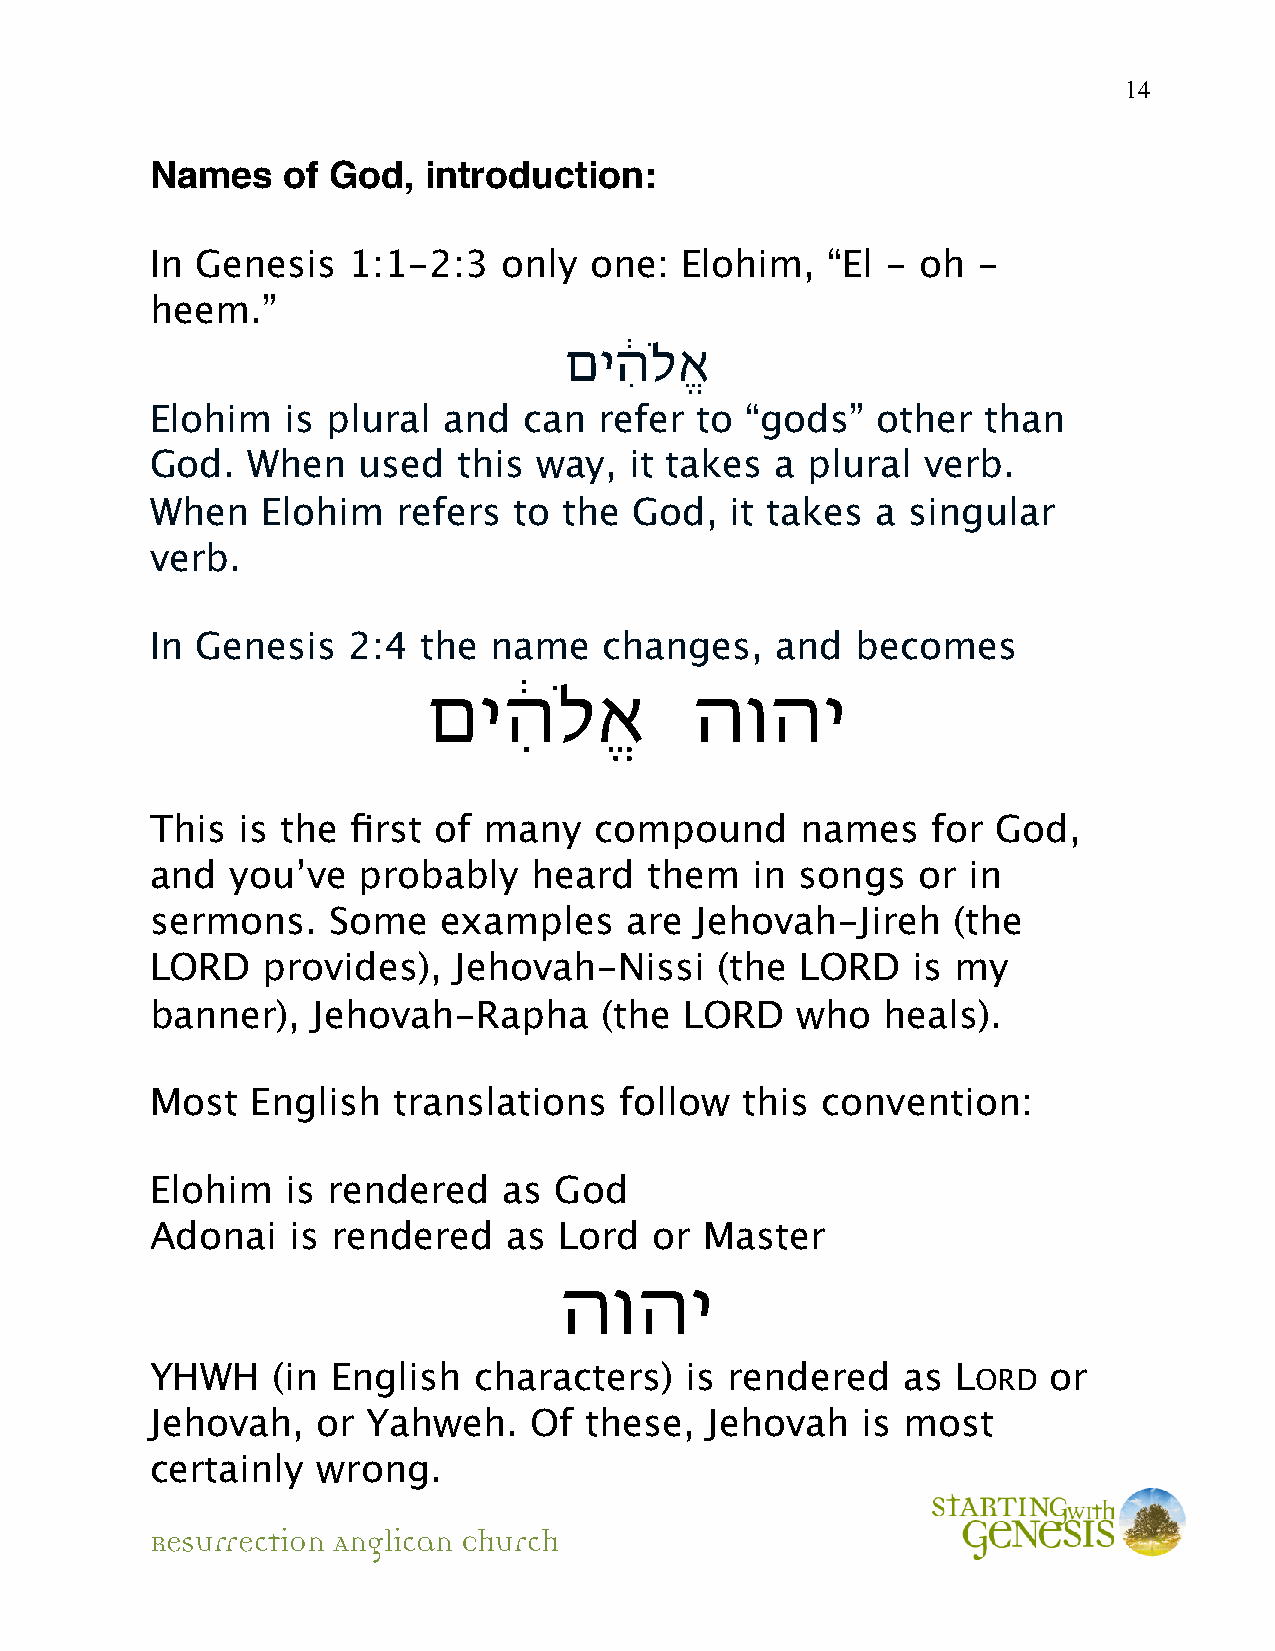
14
 Names    of God,  introduction:
 In Genesis   1:1-2:3   only  one:  Elohim,   “El - oh  -
 heem.”
 םיִ֔הלֱֹא
 Elohim   is plural and   can  refer to “gods”   other  than
 God.  When    used  this  way,  it takes a plural  verb.
 When   Elohim   refers  to the  God,  it takes  a singular
 verb.
 In Genesis   2:4  the name    changes,   and   becomes
 םיִ֔הלֱֹא         הוהי
 This  is the first of many   compound      names    for God,
 and  you’ve   probably   heard   them   in songs   or in
 sermons.    Some   examples    are  Jehovah-Jireh    (the
 LORD   provides),   Jehovah-Nissi     (the LORD   is my
 banner),   Jehovah-Rapha      (the LORD    who  heals).
 Most   English  translations   follow  this convention:
 Elohim   is rendered   as  God
 Adonai   is rendered    as Lord  or  Master
 הוהי
 YHWH    (in English  characters)   is rendered    as L     or
 ORD
 Jehovah,   or Yahweh.    Of  these,  Jehovah   is most
 certainly  wrong.
 Resurrection Anglican Church